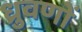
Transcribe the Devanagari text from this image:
ध्रुवणों